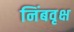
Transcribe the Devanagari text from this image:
निंबवृक्ष